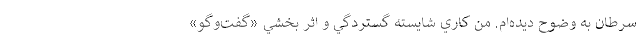
سرطان به وضوح ديده‌ام. من كاري شايسته گستردگي و اثر بخشي «گفت‌وگو»